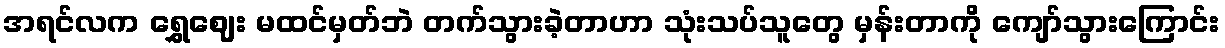
အရင်လက ရွှေဈေး မထင်မှတ်ဘဲ တက်သွားခဲ့တာဟာ သုံးသပ်သူတွေ မှန်းတာကို ကျော်သွားကြောင်း